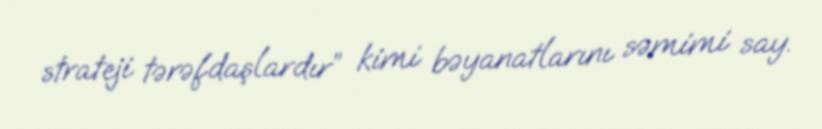
strateji tərəfdaşlardır” kimi bəyanatlarını səmimi say.